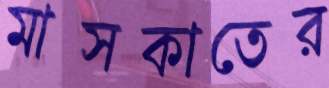
মাসকাতের